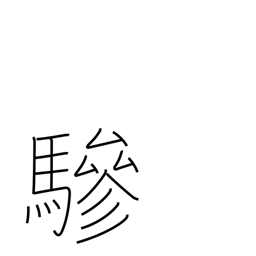
Meaning: extra driver or horse